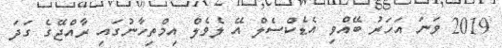
2019 ވަނަ އަހަރު ބޭއްވި އެޑެކްސެލް އޭ ލެވެލް އިމްތިހާނުގައި ރާއްޖޭގެ ގަދަ